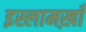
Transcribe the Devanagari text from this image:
इस्लामख़ाँ